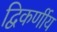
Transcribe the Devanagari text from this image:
द्विकर्णीय